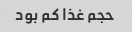
حجم غذا کم بود